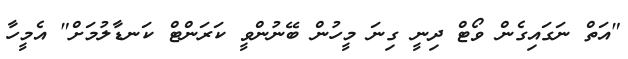
"އަތް ނަގައިގެން ވޯޓް ދިނީ ގިނަ މީހުން ބޭނުންވީ ކަރަންޓް ކަނޑާލުމަށް" އެމީހާ